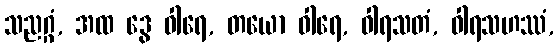
သညဂ္ဂံ, အထ ဒွေ ဝါရေ, တယော ဝါရေ, ဝါရသတံ, ဝါရသဟဿံ,